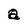
Character: a